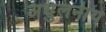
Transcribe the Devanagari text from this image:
अधुलनीय